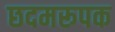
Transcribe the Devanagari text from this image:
छदमरूपक